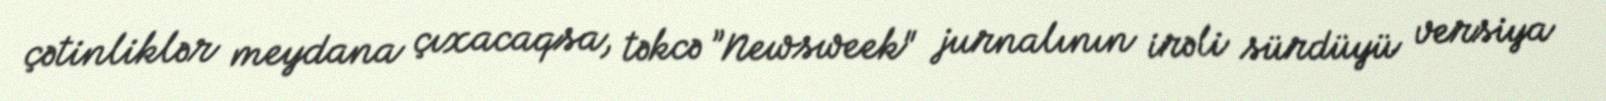
çətinliklər meydana çıxacaqsa, təkcə ”Newsweek" jurnalının irəli sürdüyü versiya